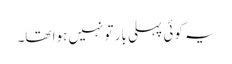
یہ کوئی پہلی بار تو نہیں ہوا تھا۔